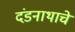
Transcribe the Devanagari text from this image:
दंडनाथाचे